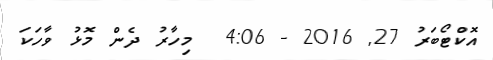
އޮކްޓޯބަރު 27